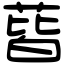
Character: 蒈